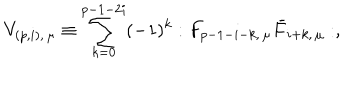
LaTeX: V _ { ( p , i ) , \, \mu } \equiv \sum _ { k = 0 } ^ { p - 1 - 2 i } ( - 1 ) ^ { k } : F _ { p - 1 - i - k , \, \mu } \bar { F } _ { { i + k } , \, \mu } : ,